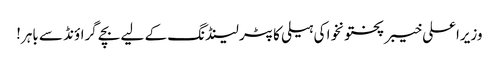
وزیراعلی خیبر پختونخوا کی ہیلی کاپٹر لینڈنگ کے لیے بچے گراؤنڈ سے باہر!